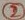
Text: 2